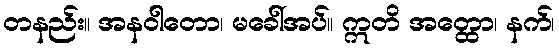
တနည်း။ အနဝါတော၊ မခေါ်အပ်။ ဣတိ အတ္ထော၊ နက်၊